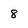
Character: 8